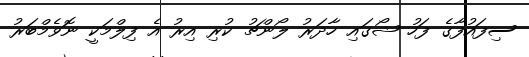
ސިފައުފާގެ ފަހު ޝޯގައި ހާދަރު ލޯންޗު ކުރި އިރު އެ ފިލްމަކީ ނޮވެމްބަރު